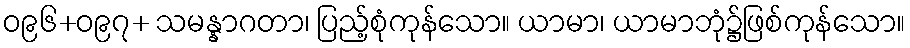
ဝ၉၆+ဝ၉၇+ သမန္နာဂတာ၊ ပြည့်စုံကုန်သော။ ယာမာ၊ ယာမာဘုံ၌ဖြစ်ကုန်သော။